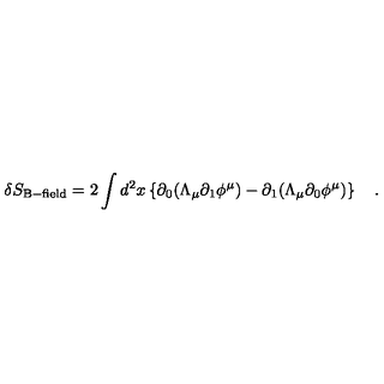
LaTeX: \delta S _ { \mathrm { B - f i e l d } } = 2 \int d ^ { 2 } x \left\{ \partial _ { 0 } ( \Lambda _ { \mu } \partial _ { 1 } \phi ^ { \mu } ) - \partial _ { 1 } ( \Lambda _ { \mu } \partial _ { 0 } \phi ^ { \mu } ) \right\} \quad .